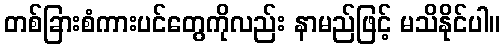
တစ်ခြားစံကားပင်တွေကိုလည်း နာမည်ဖြင့် မသိနိုင်ပါ။